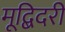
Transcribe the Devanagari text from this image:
मूद्बिदरी